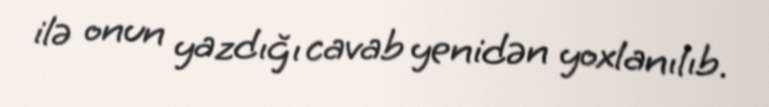
ilə onun yazdığı cavab yenidən yoxlanılıb.